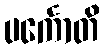
ပင်္ကောတိ